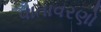
વાતાવરણો